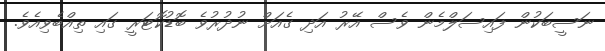
ނަސީބަކުން ފައިސަލްމެން ވެސް އޭރު އަދި ގެއަށް ނުދުރުވެ ބޮޑުކޮޓަރީ ގައި ތިއްބެވިއެވެ.